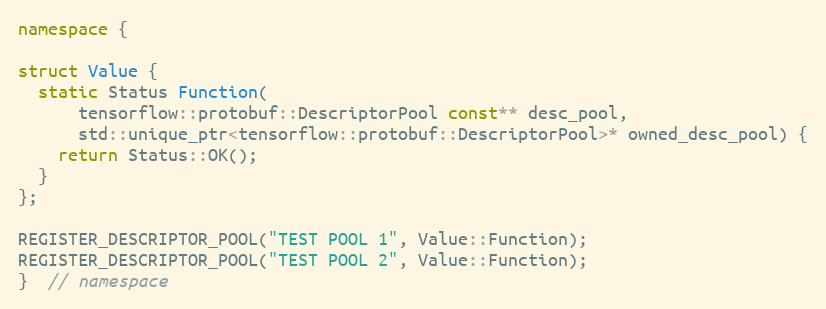
Language: C++
namespace {

struct Value {
  static Status Function(
      tensorflow::protobuf::DescriptorPool const** desc_pool,
      std::unique_ptr<tensorflow::protobuf::DescriptorPool>* owned_desc_pool) {
    return Status::OK();
  }
};

REGISTER_DESCRIPTOR_POOL("TEST POOL 1", Value::Function);
REGISTER_DESCRIPTOR_POOL("TEST POOL 2", Value::Function);
}  // namespace